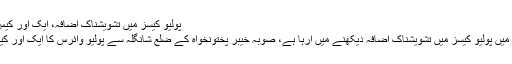
پولیو کیسز میں تشویشناک اضافہ، ایک اور کیس سامنے آگیا -
اسلام آباد: ملک میں پولیو کیسز میں تشویشناک اضافہ دیکھنے میں آرہا ہے، صوبہ خیبر پختونخواہ کے ضلع شانگلہ سے پولیو وائرس کا ایک اور کیس سامنے آگیا۔